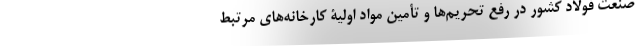
صنعت فولاد کشور در رفع تحریم‌ها و تأمین مواد اولیۀ کارخانه‌های مرتبط